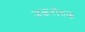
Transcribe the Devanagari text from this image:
अकशेरुक